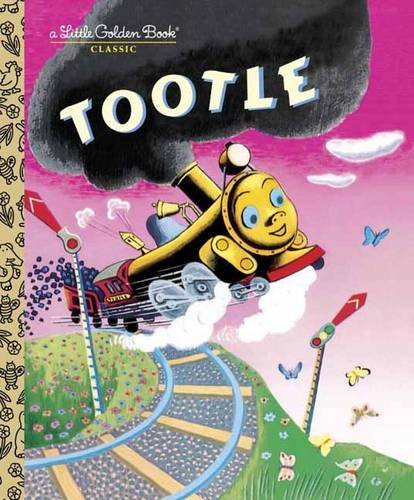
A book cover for Tootle; Gertrude Crampton; Children's Books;